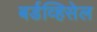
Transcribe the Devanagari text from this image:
बर्डव्हिसेल